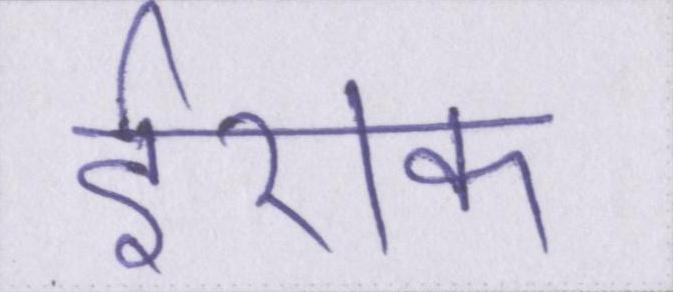
ईराक